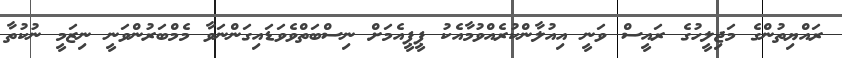
ރައްޔިތުންގެ މަޖިލީހުގެ ރައީސް ވަނީ އިއުލާންކުރެއްވުމާއެކު ޕީޕީއެމަށް ނިސްބަތްވެވަޑައިގަންނަވާ މެމްބަރުންވަނީ ނިޒަމީ ނުކުތާ